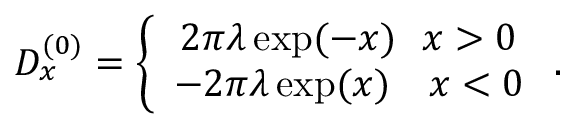
\begin{array} { r } { D _ { x } ^ { ( 0 ) } = \left\{ \begin{array} { c } { 2 \pi \lambda \exp ( - x ) ~ ~ x > 0 } \\ { - 2 \pi \lambda \exp ( x ) ~ ~ ~ x < 0 } \end{array} \right. . } \end{array}